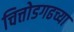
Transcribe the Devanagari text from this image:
चित्तोडगढच्या